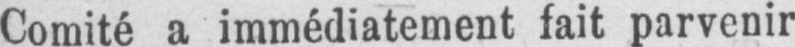
Comité a immédiatement fait parvenir